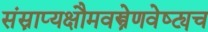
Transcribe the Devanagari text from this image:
संस्नाप्यक्षौमवस्त्रेणवेष्ट्यच